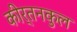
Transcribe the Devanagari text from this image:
कीर्तनकुल